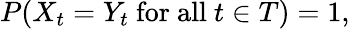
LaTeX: P(X_{t}=Y_{t}{\mathrm{~for~all~}}t\in T)=1,